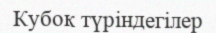
Кубок түріндегілер